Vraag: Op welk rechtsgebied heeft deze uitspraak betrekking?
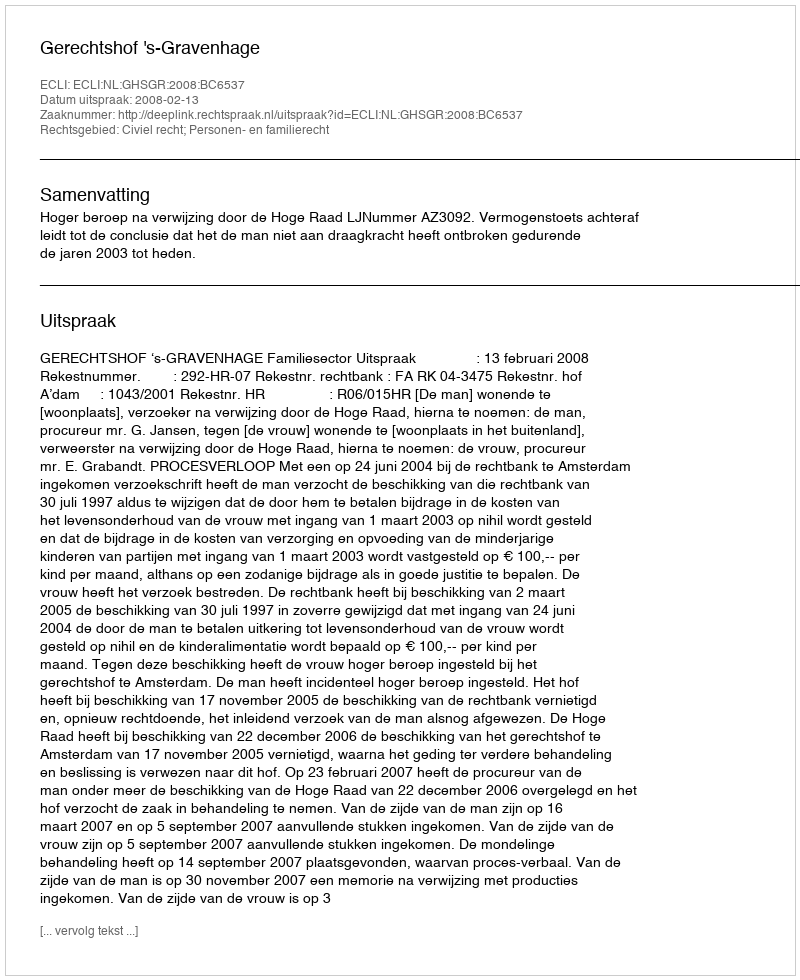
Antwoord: Civiel recht; Personen- en familierecht